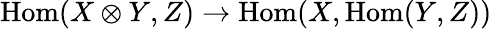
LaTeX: {\mathrm{Hom}}(X\otimes Y,Z)\to{\mathrm{Hom}}(X,{\mathrm{Hom}}(Y,Z))